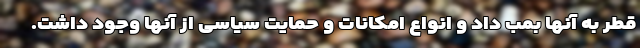
قطر به آنها بمب داد و انواع امکانات و حمایت سیاسی از آنها وجود داشت.